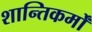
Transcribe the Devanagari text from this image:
शान्तिकर्मों